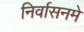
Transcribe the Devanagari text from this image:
निर्वासनमे